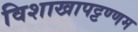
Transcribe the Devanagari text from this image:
विशाखापट्टण्णम